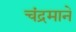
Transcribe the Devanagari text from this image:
चंद्रमाने